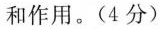
和作用。( 4 分）